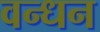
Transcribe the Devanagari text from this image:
वन्धन